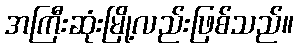
အကြီးဆုံးမြို့လည်းဖြစ်သည်။